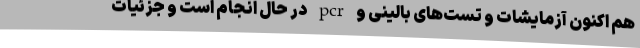
هم اکنون آزمایشات و تست‌های بالینی و pcr در حال انجام است و جزئیات